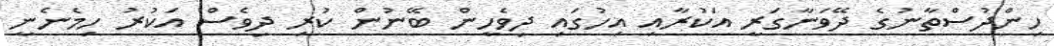
ހިންދުސްތާނުގެ ދޭވަނާގަރީ އަކުރާއި އިހުގައި ދިވެހީން ބޭނުން ކުރި ދިވެސް އަކުރު ހިމެނެނީ